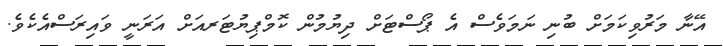
އޭނާ މަރުވިކަމަށް ބުނި ނަމަވެސް އެ ޕޯސްޓަަށް ދިޔުމުން ކޮމްޕިޔުޓަރއަަށް އަރަނީ ވައިރަސްއެކެވެ.